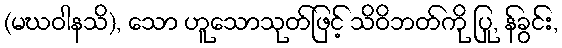
(မဃဝါနသိ), သော ဟူသောသုတ်ဖြင့် သိဝိဘတ်ကို ပြု, န်ခွင်း,